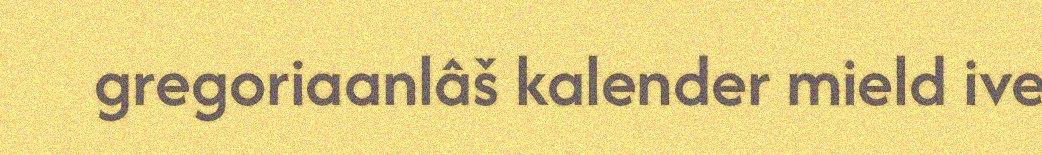
gregoriaanlâš kalender mield ive